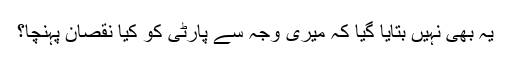
یہ بھی نہیں بتایا گیا کہ میری وجہ سے پارٹی کو کیا نقصان پہنچا؟